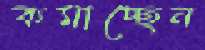
কমাচ্ছেন